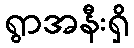
ရွာအနီးရှိ